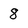
Character: 8